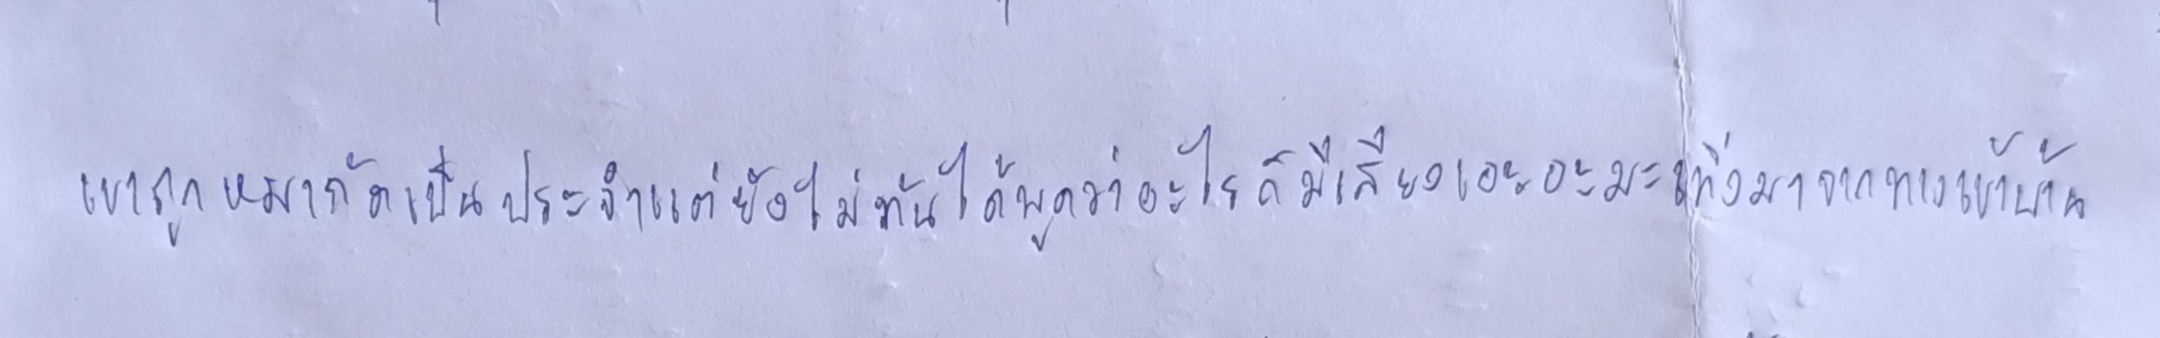
เขาถูกหมากัดเป็นประจำแต่ยังไม่ทันได้พูดว่าอะไรก็มีเสียงเอะอะมะเทิ่งมาจากทางเข้าบ้าน